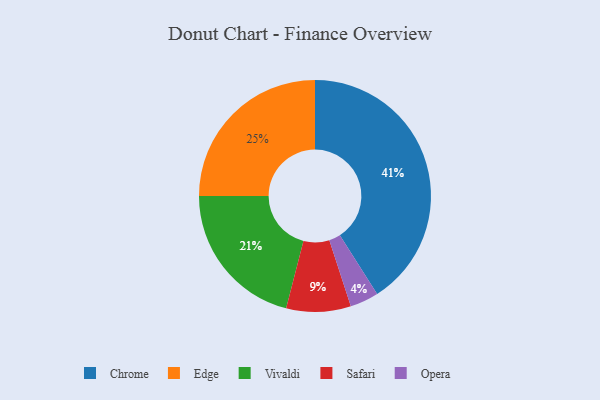
{"axis": {"x": "Category", "y": "Percentage"}, "legend": ["Chrome", "Edge", "Opera", "Safari", "Vivaldi"], "data": [{"x": "Edge", "y": 25, "type": "Edge"}, {"x": "Chrome", "y": 41, "type": "Chrome"}, {"x": "Vivaldi", "y": 21, "type": "Vivaldi"}, {"x": "Safari", "y": 9, "type": "Safari"}, {"x": "Opera", "y": 4, "type": "Opera"}]}